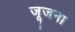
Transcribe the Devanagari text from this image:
जूजना